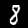
Label: 8